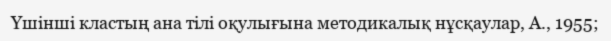
Үшінші кластың ана тілі оқулығына методикалық нұсқаулар, А., 1955;